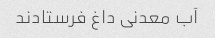
آب معدنی داغ فرستادند